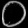
Digit: ၀